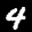
Label: 4